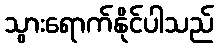
သွားရောက်နိုင်ပါသည်